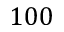
1 0 0